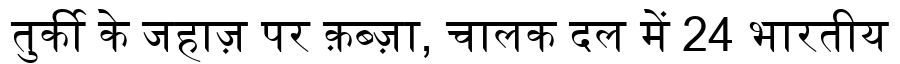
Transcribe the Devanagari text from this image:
तुर्की के जहाज़ पर क़ब्ज़ा, चालक दल में 24 भारतीय